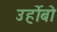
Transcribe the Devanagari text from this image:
उर्होबो